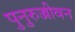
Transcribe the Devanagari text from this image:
पुनुरुज्जीवन